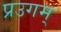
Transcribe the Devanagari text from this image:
प्रउगम्